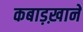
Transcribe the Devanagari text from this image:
कबाड़ख़ाने